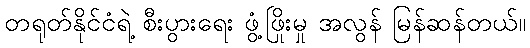
တရုတ်နိုင်ငံရဲ့ စီးပွားရေး ဖွံ့ဖြိုးမှု အလွန် မြန်ဆန်တယ်။